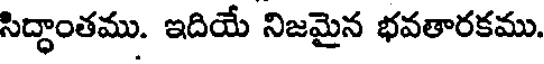
సిద్ధాంతము. ఇదియే నిజమైన భవతారకము.